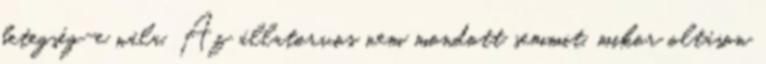
betegség-e nála. Az állatorvos nem mondott semmit, mikor oltáson